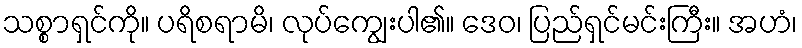
သစ္စာရှင်ကို။ ပရိစရာမိ၊ လုပ်ကျွေးပါ၏။ ဒေဝ၊ ပြည်ရှင်မင်းကြီး။ အဟံ၊